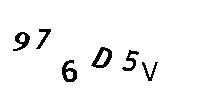
976D5V